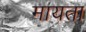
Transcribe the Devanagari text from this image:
मायता